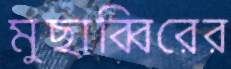
মুছাব্বিরের